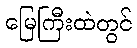
မြေကြီးထဲတွင်